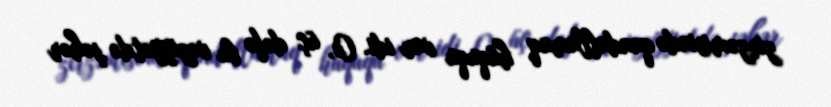
zirzəmisində qandallamaq hüququ var idi. O, üç dəfə bu vəziyyətdə şəhər